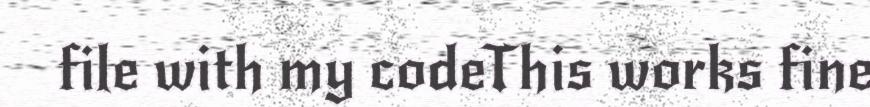
file with my codeThis works fine